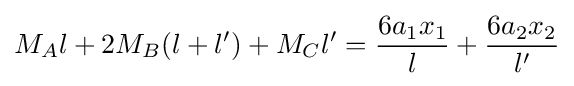
M_{A}l+2M_{B}(l+l')+M_{C}l'={\frac {6a_{1}x_{1}}{l}}+{\frac {6a_{2}x_{2}}{l'}}